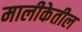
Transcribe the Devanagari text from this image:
मालीकेतील